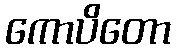
ကောပိတော